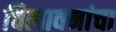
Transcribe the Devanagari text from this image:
चित्पावनांचा